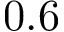
0 . 6